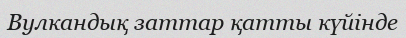
Вулкандық заттар қатты күйінде